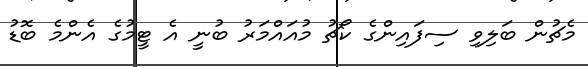
މެޗުން ބަލިވި ސިފައިންގެ ކޯޗު މުއައްމަރު ބުނީ އެ ޓީމުގެ އެންމެ ބޮޑު